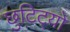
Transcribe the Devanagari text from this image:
छुटिट्यो